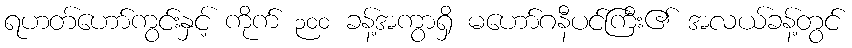
ရဟတ်ဟော်ကွင်းနှင့် ကိုက် ၃၀၀ ခန့်အကွာရှိ မဟော်ဂနီပင်ကြီး၏ အလယ်ခန့်တွင်